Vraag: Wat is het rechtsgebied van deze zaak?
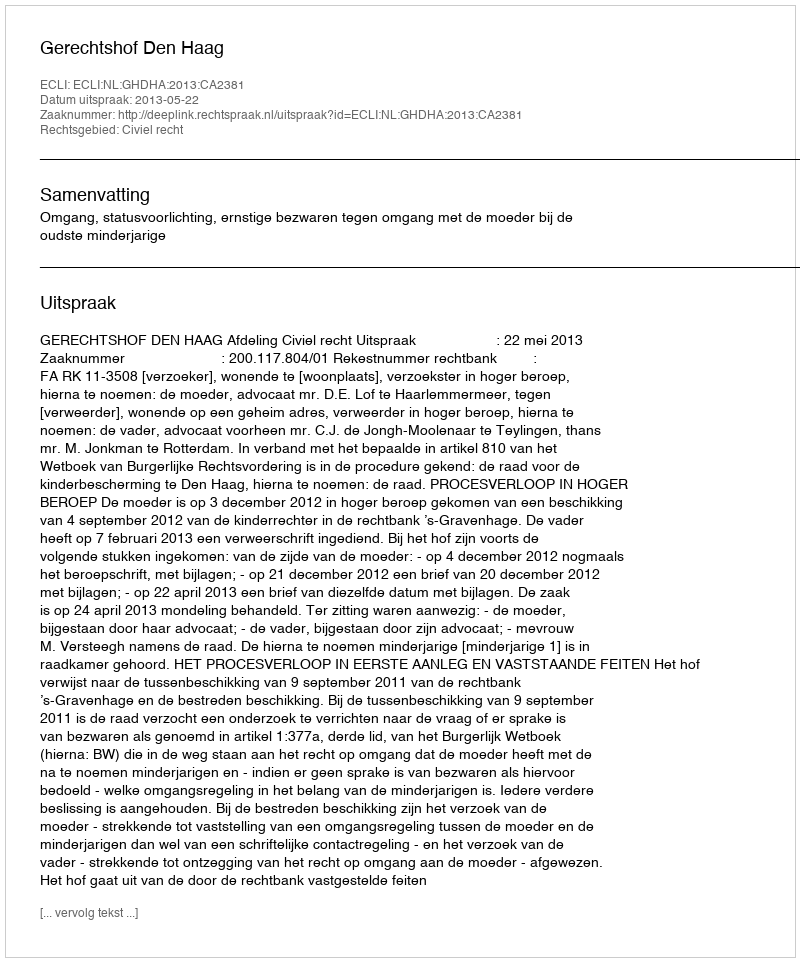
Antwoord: Civiel recht